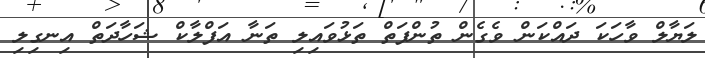
ލަޔާލް ވާހަކަ ދައްކަން ވެގެން ތުންފަތް ތަޅުވައިލި ތަނާ އަފްލާކް ޝަހާދަތް އިނގިލި